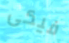
فيكى